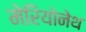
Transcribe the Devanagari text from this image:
मेरियोनेथ